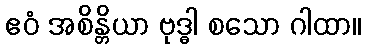
ဧဝံ အစိန္တိယာ ဗုဒ္ဓါ စသော ဂါထာ။